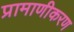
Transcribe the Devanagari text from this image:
प्रामाणीकरण